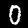
Digit: 0